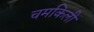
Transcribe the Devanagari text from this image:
चमकिली